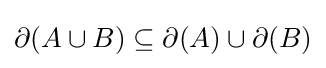
\partial (A\cup B)\subseteq \partial (A)\cup \partial (B)